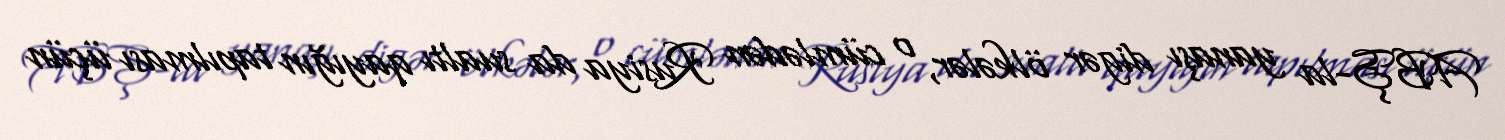
ABŞ-la yanaşı digər ölkələr, o cümlədən Rusiya da sualtı qayığın tapılması üçün